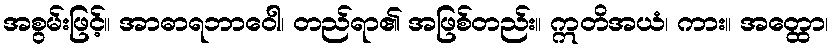
အစွမ်းဖြင့်။ အာဓာရဘာဝေါ၊ တည်ရာ၏ အဖြစ်တည်း။ ဣတိအယံ၊ ကား။ အတ္ထော၊